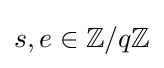
s,e\in \mathbb {Z} /q\mathbb {Z}